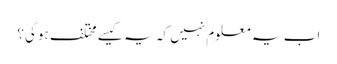
اب یہ معلوم نہیں کہ یہ کیسے مختلف ہوگی؟